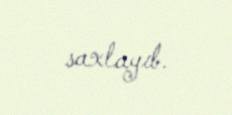
saxlayıb.